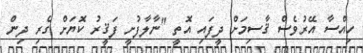
ހިއްސާ އޭރުވެސް ޤާސިމަށް ދީފައި އޮތީ "ނާލާފުށީ ފަޤީރު ކޮޔަށް ގެރި ދިން